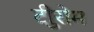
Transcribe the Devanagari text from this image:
टीुरोम